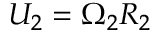
U _ { 2 } = \Omega _ { 2 } R _ { 2 }